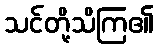
သင်တို့သိကြ၏